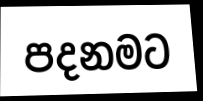
පදනමට